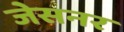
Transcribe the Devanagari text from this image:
जेसनर